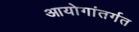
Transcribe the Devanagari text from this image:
आयोगांतर्गत